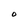
Character: 0